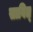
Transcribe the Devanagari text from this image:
साबित्